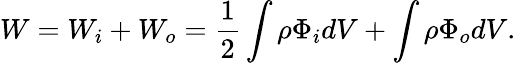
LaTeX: W=W_{i}+W_{o}=\frac{1}{2}\int\rho\Phi_{i}dV+\int\rho\Phi_{o}dV.